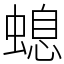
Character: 螅